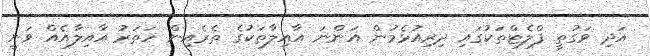
އަދި ވަގުތީ ފްލެޓްތަކުގައި ދިރިއުޅެމުން އަންނަ އާއިލާތަކުގެ ތެރެއިން ހަތަރު އާއިލާއެއް ވަނީ